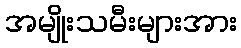
အမျိုးသမီးများအား